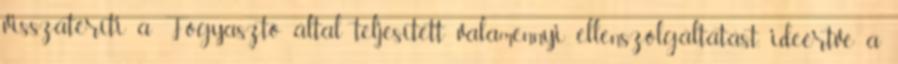
visszatéríti a Fogyasztó által teljesített valamennyi ellenszolgáltatást, ideértve a